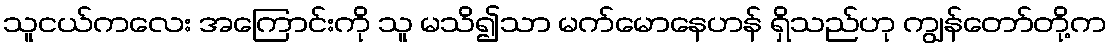
သူငယ်ကလေး အကြောင်းကို သူ မသိ၍သာ မက်မောနေဟန် ရှိသည်ဟု ကျွန်တော်တို့က